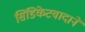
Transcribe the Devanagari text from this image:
सिंडिकेटवादाने